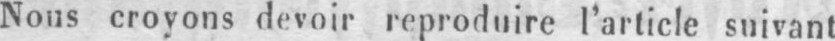
Nous croyons devoir reproduire l’article suivant